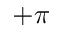
+ \pi